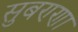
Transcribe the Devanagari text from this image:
सुबण्णा